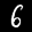
Label: 6